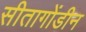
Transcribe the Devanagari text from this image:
सीतागोंडीन